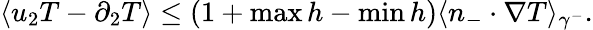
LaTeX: \begin{array}{r}{\langle u_{2}T-\partial_{2}T\rangle\leq(1+\operatorname*{max}h-\operatorname*{min}h)\langle n_{-}\cdot\nabla T\rangle_{\gamma^{-}}.}\end{array}